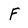
Character: F